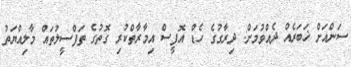
ސަންއަށް ޚަބަރެއް ދެއްވުމަށް: ދިރާގުގެ ހެޑް އޮފީސް އިމާރާތްކުރި ގޮތުގެ ތަފްސީލުތައް މާލިއްޔަތު